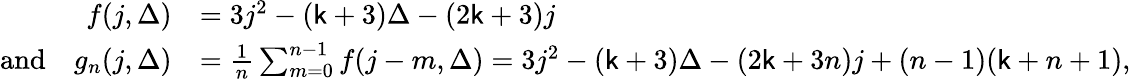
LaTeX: \begin{array}{rl}{f(j,\Delta)}&{=3j^{2}-(\mathsf{k}+3)\Delta-(2\mathsf{k}+3)j}\\ {\mathrm{and}\quad g_{n}(j,\Delta)}&{=\frac{1}{n}\sum_{m=0}^{n-1}f(j-m,\Delta)=3j^{2}-(\mathsf{k}+3)\Delta-(2\mathsf{k}+3n)j+(n-1)(\mathsf{k}+n+1),}\end{array}